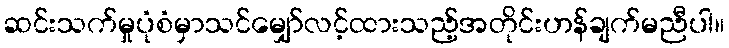
ဆင်းသက်မှုပုံစံမှာသင်မျှော်လင့်ထားသည့်အတိုင်းဟန်ချက်မညီပါ။